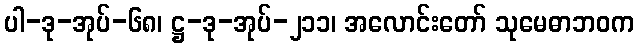
ပါ-ဒု-အုပ်-၆၈၊ ဋ္ဌ-ဒု-အုပ်-၂၁၁၊ အလောင်းတော် သုမေဓာဘဝက